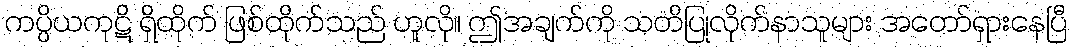
ကပ္ပိယကုဋိ ရှိထိုက် ဖြစ်ထိုက်သည် ဟူလို။ ဤအချက်ကို သတိပြုလိုက်နာသူများ အတော်ရှားနေပြီ